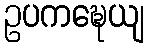
ဥပကဍ္ဎေယျ